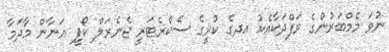
ނުވަ މެމްބަރުންގެ ވަފްދަކާއެކު އދގެ ކުރީގެ ސެކްރެޓަރީ ޖެނެރަލް ކޯފީ އަނާން މާދަމާ